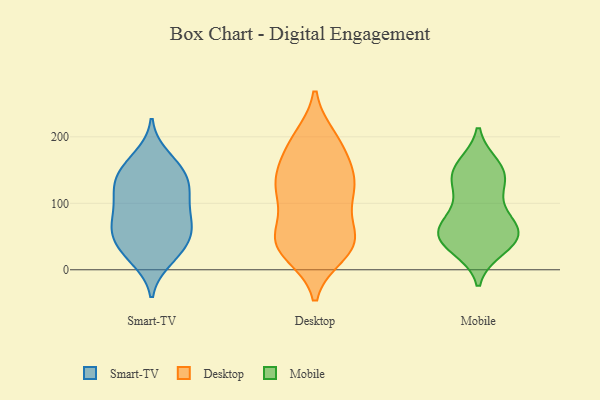
{"axis": {"x": "LTV (USD)", "y": "Value"}, "legend": ["Desktop", "Mobile", "Smart-TV"], "data": [{"x": "", "y": 65, "type": "Smart-TV"}, {"x": "", "y": 32, "type": "Smart-TV"}, {"x": "", "y": 114, "type": "Smart-TV"}, {"x": "", "y": 112, "type": "Smart-TV"}, {"x": "", "y": 73, "type": "Smart-TV"}, {"x": "", "y": 16, "type": "Smart-TV"}, {"x": "", "y": 150, "type": "Smart-TV"}, {"x": "", "y": 170, "type": "Smart-TV"}, {"x": "", "y": 112, "type": "Smart-TV"}, {"x": "", "y": 155, "type": "Smart-TV"}, {"x": "", "y": 74, "type": "Smart-TV"}, {"x": "", "y": 136, "type": "Smart-TV"}, {"x": "", "y": 118, "type": "Smart-TV"}, {"x": "", "y": 58, "type": "Smart-TV"}, {"x": "", "y": 50, "type": "Smart-TV"}, {"x": "", "y": 77, "type": "Smart-TV"}, {"x": "", "y": 37, "type": "Smart-TV"}, {"x": "", "y": 145, "type": "Smart-TV"}, {"x": "", "y": 21, "type": "Smart-TV"}, {"x": "", "y": 106, "type": "Desktop"}, {"x": "", "y": 187, "type": "Desktop"}, {"x": "", "y": 41, "type": "Desktop"}, {"x": "", "y": 126, "type": "Desktop"}, {"x": "", "y": 40, "type": "Desktop"}, {"x": "", "y": 132, "type": "Desktop"}, {"x": "", "y": 32, "type": "Desktop"}, {"x": "", "y": 116, "type": "Desktop"}, {"x": "", "y": 196, "type": "Desktop"}, {"x": "", "y": 198, "type": "Desktop"}, {"x": "", "y": 46, "type": "Desktop"}, {"x": "", "y": 32, "type": "Desktop"}, {"x": "", "y": 51, "type": "Desktop"}, {"x": "", "y": 137, "type": "Desktop"}, {"x": "", "y": 95, "type": "Desktop"}, {"x": "", "y": 136, "type": "Desktop"}, {"x": "", "y": 55, "type": "Desktop"}, {"x": "", "y": 179, "type": "Desktop"}, {"x": "", "y": 24, "type": "Desktop"}, {"x": "", "y": 150, "type": "Desktop"}, {"x": "", "y": 144, "type": "Mobile"}, {"x": "", "y": 72, "type": "Mobile"}, {"x": "", "y": 33, "type": "Mobile"}, {"x": "", "y": 42, "type": "Mobile"}, {"x": "", "y": 48, "type": "Mobile"}, {"x": "", "y": 53, "type": "Mobile"}, {"x": "", "y": 127, "type": "Mobile"}, {"x": "", "y": 151, "type": "Mobile"}, {"x": "", "y": 156, "type": "Mobile"}, {"x": "", "y": 46, "type": "Mobile"}, {"x": "", "y": 68, "type": "Mobile"}, {"x": "", "y": 96, "type": "Mobile"}, {"x": "", "y": 138, "type": "Mobile"}, {"x": "", "y": 57, "type": "Mobile"}]}